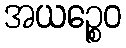
အယဉ္စေဝ